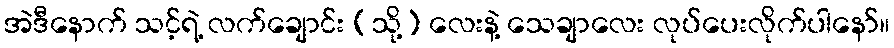
အဲဒီနောက် သင့်ရဲ့ လက်ချောင်း (သို့) လေးနဲ့ သေချာလေး လုပ်ပေးလိုက်ပါနော်။